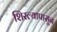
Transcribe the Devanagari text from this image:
शिरल्यापासून